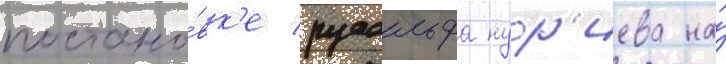
постано́вк'е рудольфа нур'иева на́